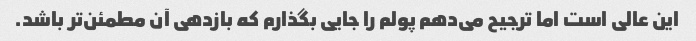
این عالی است اما ترجیح می‌دهم پولم را جایی بگذارم که بازدهی آن مطمئن‌تر باشد.